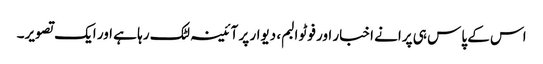
اس کے پاس ہی پرانے اخبار اور فوٹو البم، دیوار پر آئینہ لٹک رہا ہے اور ایک تصویر۔